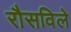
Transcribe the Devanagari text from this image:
रौसविले